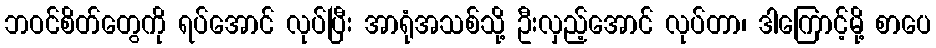
ဘဝင်စိတ်တွေကို ရပ်အောင် လုပ်ပြီး အာရုံအသစ်သို့ ဦးလှည့်အောင် လုပ်တာ၊ ဒါကြောင့်မို့ စာပေ